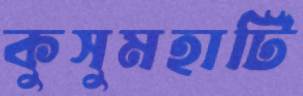
কুসুমহাটি